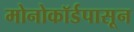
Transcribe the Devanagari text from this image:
मोनोकॉर्डपासून